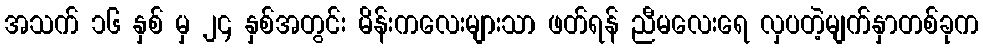
အသက် ၁၆ နှစ် မှ ၂၄ နှစ်အတွင်း မိန်းကလေးများသာ ဖတ်ရန် ညီမလေးရေ လှပတဲ့မျက်နှာတစ်ခုက